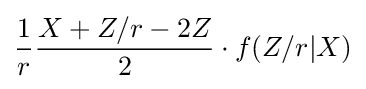
{1 \over r}{X+Z/r-2Z \over 2}\cdot f(Z/r|X)